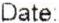
DATE: